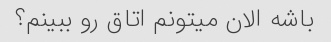
باشه الان میتونم اتاق رو ببینم؟